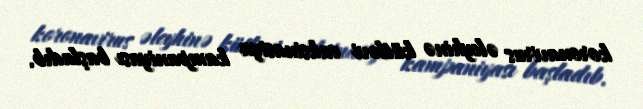
koronavirus əleyhinə kütləvi vaksinasiya kampaniyası başladıb.